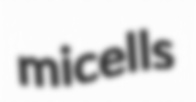
micells